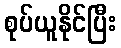
စုပ်ယူနိုင်ပြီး